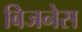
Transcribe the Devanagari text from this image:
बिजनेस